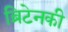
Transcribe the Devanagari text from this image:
ब्रिटेनकी